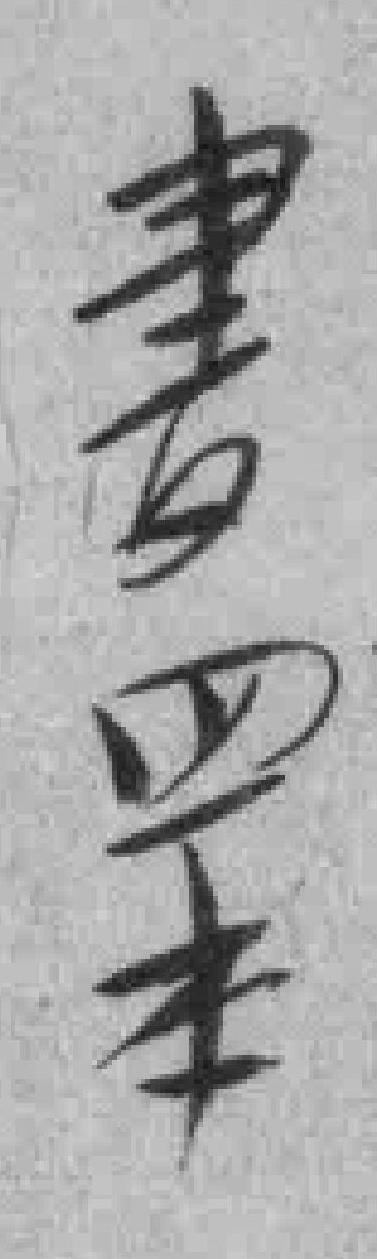
書四本